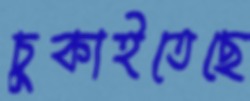
চুকাইতেছে